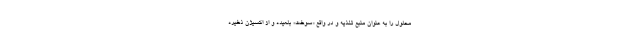
محلول را به عنوان منبع تغذیه و در واقع «سوخت» بلعیده و از اکسیژن ذخیره